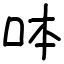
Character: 呠